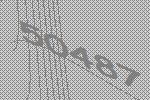
50487